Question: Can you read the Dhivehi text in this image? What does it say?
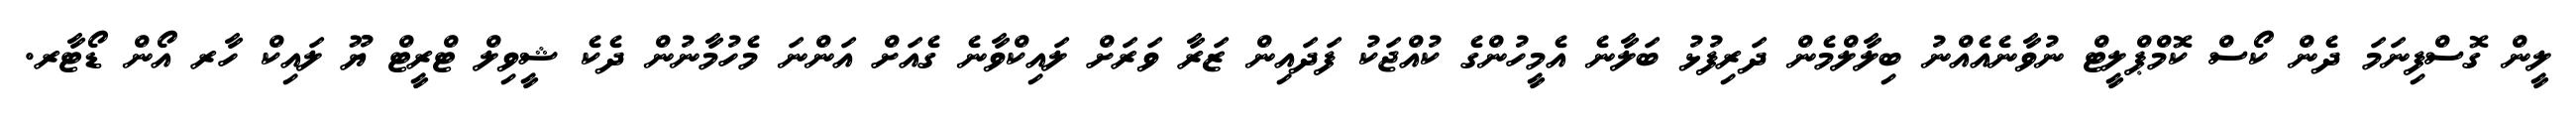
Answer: ލީން ގޮސްފިނަމަ ދެން ކޯސް ކޮމްޕްލީޓް ނުވާނެއެއްނު ބިލާލްމެން ދަރިފުޅު ބަލާނެ އެމީހުންގެ ކުއްޖަކު ފަދައިން ޒަރާ ވަރަށް ލައިކްވާނެ ގެއަށް އަންނަ މެހުމާނުން ދެކެ ޝީވިލް ޓްރީޓް ޔޫ ލައިކް ހާރ އޯން ޑޯޓާރ.